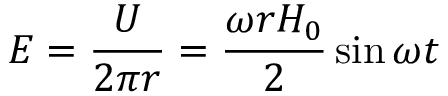
E = { \frac { U } { 2 \pi r } } = { \frac { \omega r H _ { 0 } } { 2 } } \sin \omega t